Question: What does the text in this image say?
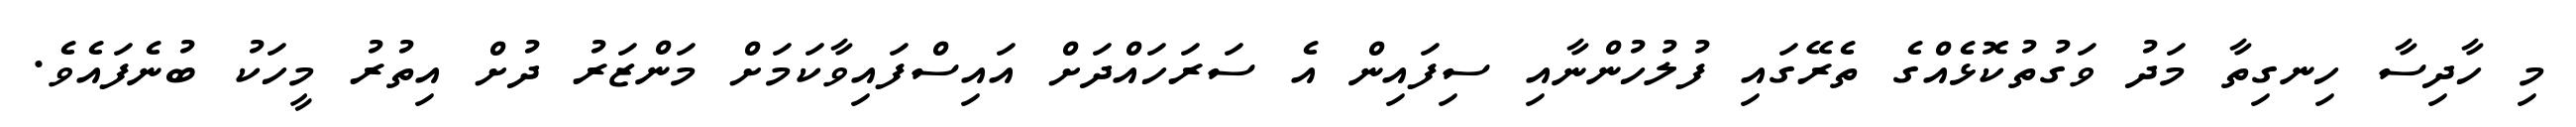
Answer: މި ހާދިސާ ހިނގިތާ މަދު ވަގުތުކޮޅެއްގެ ތެރޭގައި ފުލުހުންނާއި ސިފައިން އެ ސަރަހައްދަށް އައިސްފައިވާކަމަށް މަންޒަރު ދުށް އިތުރު މީހަކު ބުނެފައެވެ.